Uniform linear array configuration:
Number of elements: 48
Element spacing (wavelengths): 1
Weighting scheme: cosine
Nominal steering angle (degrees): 0
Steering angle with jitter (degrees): -0.1928
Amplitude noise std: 0.05
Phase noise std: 0.05

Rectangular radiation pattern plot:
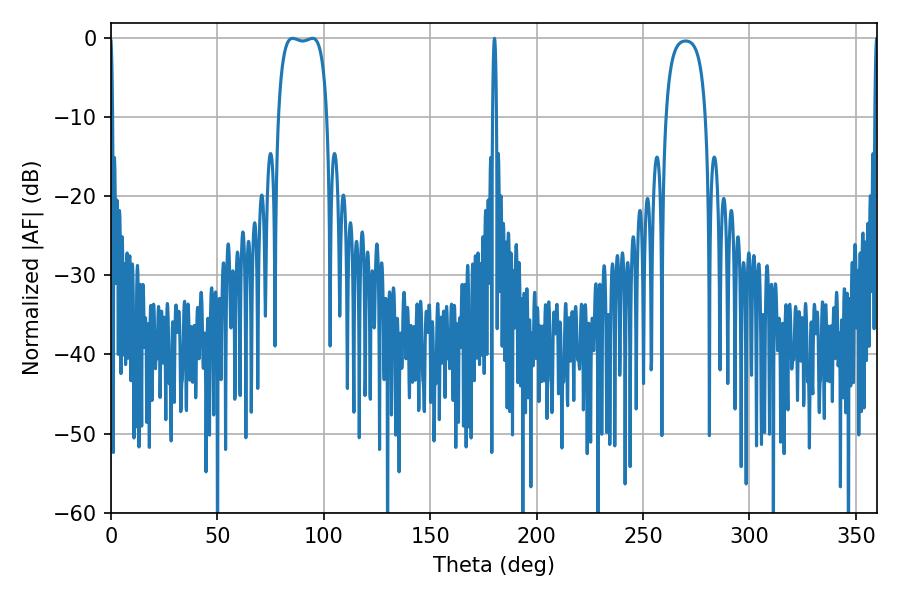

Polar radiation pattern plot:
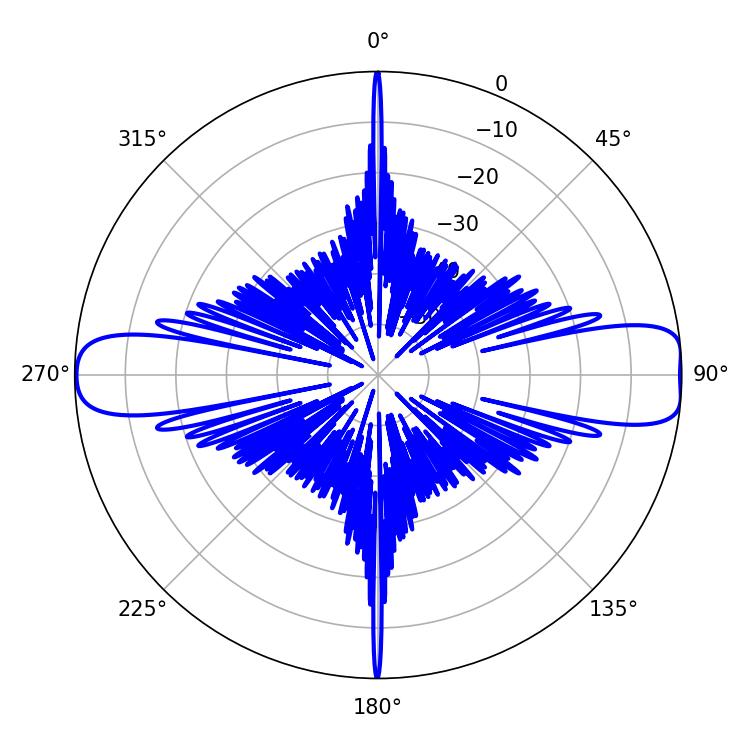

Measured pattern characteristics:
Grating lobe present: TRUE
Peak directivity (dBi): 12.9
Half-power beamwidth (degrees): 18.36
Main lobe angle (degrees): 85.32